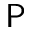
\mathsf { P }